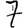
Digit: 7